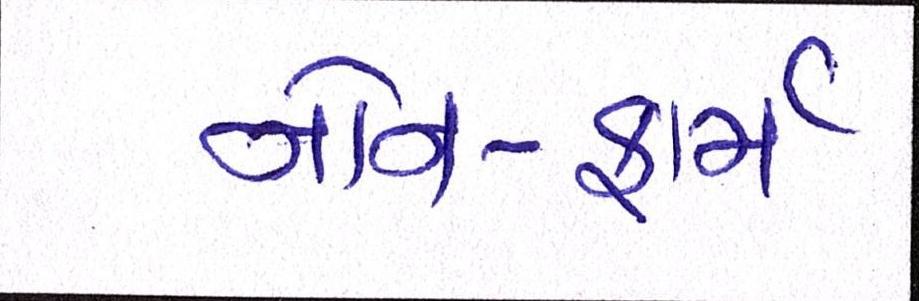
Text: નોન-ફાર્મ